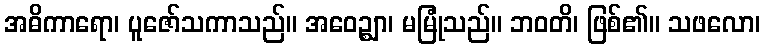
အဓိကာရော၊ ပူဇော်သကာသည်။ အဝေဉ္ဈာ၊ မမြုံသည်။ ဘဝတိ၊ ဖြစ်၏။ သဖလော၊